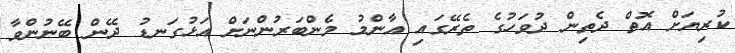
ކުރިޔަށް އޮތް ދެތިން ދުވަހުގެ ތެރޭގައި އާންމު މެންބަރުންނަށް އަޅުގަނޑު ދޭން ބޭނުންވާ